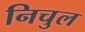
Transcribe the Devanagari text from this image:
निचुल